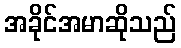
အခိုင်အမာဆိုသည်